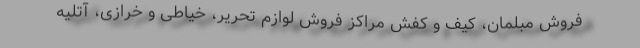
فروش مبلمان، کیف و کفش مراکز فروش لوازم تحریر، خیاطی و خرازی، آتلیه